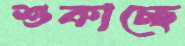
শুকাচ্ছে